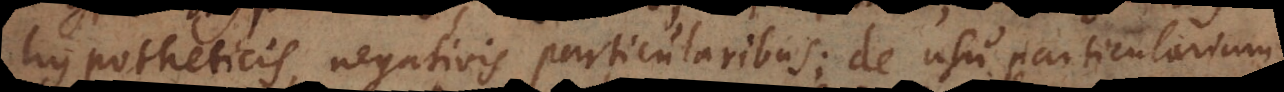
hypotheticis, negativis particularibus; de usu particularium